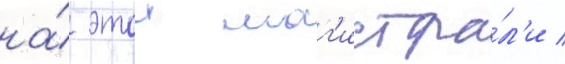
на́ этои маг'истра́л'и /